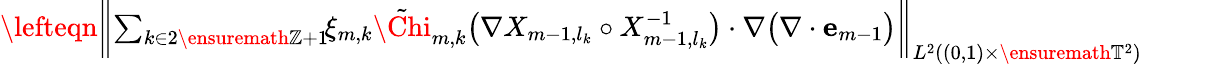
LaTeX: \begin{array}{rl}{\lefteqn{\biggl\| \sum_{k\in 2\ensuremath{\mathbb{Z}}+1}\! \! \xi_{m,k}\tilde{\Chi}_{m,k}\bigl(\nabla X_{m-1,l_{k}}\circ X_{m-1,l_{k}}^{-1}\bigr)\cdot\nabla\bigl(\nabla\cdot\mathbf{e}_{m-1}\bigr)\biggr\| _{L^{2}((0,1)\times\ensuremath{\mathbb{T}}^{2})}}\qquad}&{{}}\end{array}